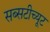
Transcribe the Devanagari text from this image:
सब्सटीच्यूट